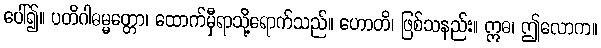
ပေါ်၍။ ပတိဂါဓမ္မတ္တော၊ ထောက်မှီရာသို့ရောက်သည်။ ဟောတိ၊ ဖြစ်သနည်း။ ဣဓ၊ ဤလောက။